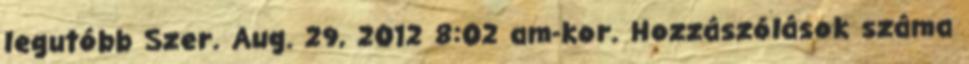
legutóbb Szer. Aug. 29, 2012 8:02 am-kor. Hozzászólások száma